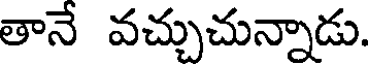
తానే వచ్చుచున్నాడు.